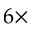
6 \times